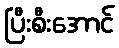
ပြီးစီးအောင်